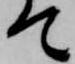
て